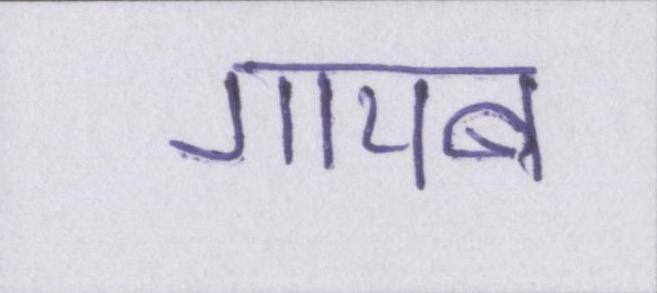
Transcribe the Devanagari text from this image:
गायब